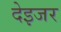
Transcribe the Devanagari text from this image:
देइजर